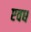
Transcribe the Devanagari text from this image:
एवध